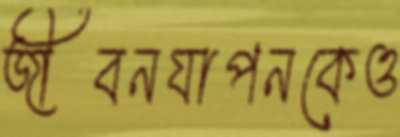
জীবনযাপনকেও